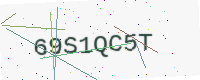
Text: 69S1QC5T